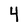
Character: 4